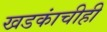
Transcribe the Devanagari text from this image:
खडकांचीही